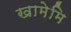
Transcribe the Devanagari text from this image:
खामेमि